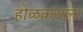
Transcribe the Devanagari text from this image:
होळकराला